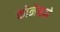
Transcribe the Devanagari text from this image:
कोनेव्हने